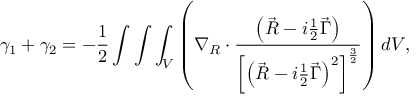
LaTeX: \gamma _ { 1 } + \gamma _ { 2 } = - \frac 1 2 \int \int \int _ { V } \left( \nabla _ { R } \cdot \frac { \left( \vec { R } - i \frac 1 2 \vec { \Gamma } \right) } { \left[ \left( \vec { R } - i \frac 1 2 \vec { \Gamma } \right) ^ { 2 } \right] ^ { \frac 3 2 } } \right) d V ,